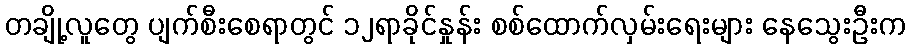
တချို့လူတွေ ပျက်စီးစေရာတွင် ၁၂ရာခိုင်နှုန်း စစ်ထောက်လှမ်းရေးများ နေသွေးဦးက